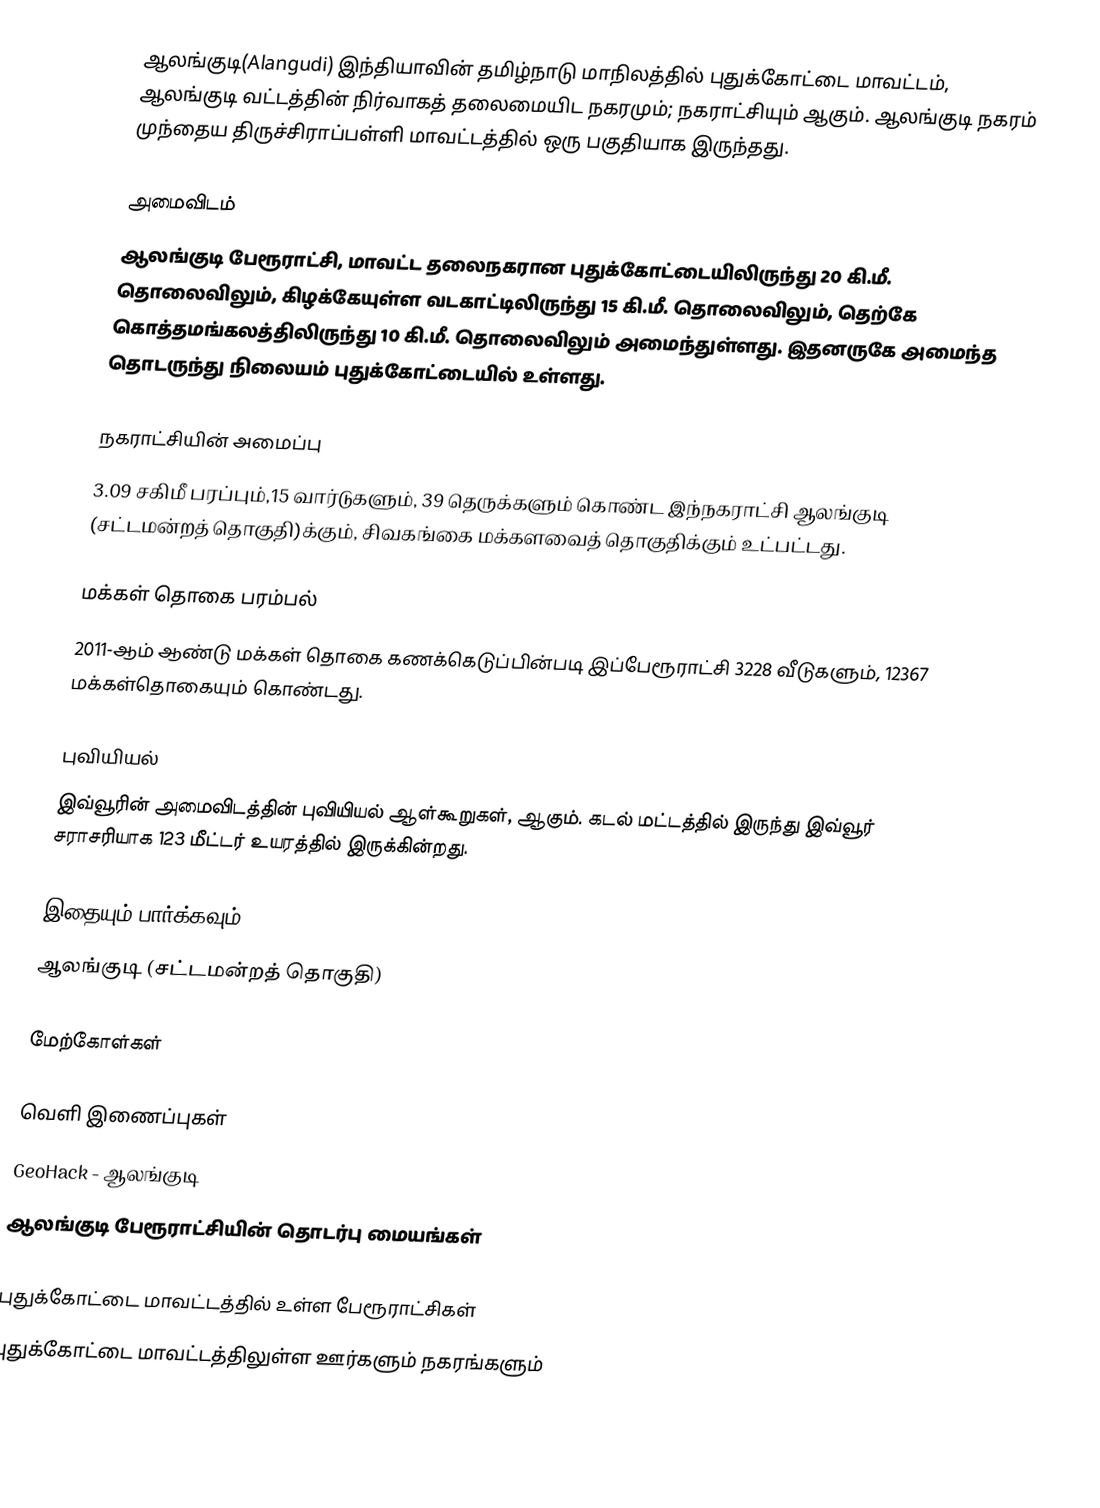
ஆலங்குடி(Alangudi) இந்தியாவின் தமிழ்நாடு மாநிலத்தில் புதுக்கோட்டை மாவட்டம், ஆலங்குடி வட்டத்தின் நிர்வாகத் தலைமையிட நகரமும்; நகராட்சியும் ஆகும். ஆலங்குடி நகரம் முந்தைய திருச்சிராப்பள்ளி மாவட்டத்தில் ஒரு பகுதியாக இருந்தது.

அமைவிடம்
ஆலங்குடி பேரூராட்சி, மாவட்ட தலைநகரான புதுக்கோட்டையிலிருந்து 20 கி.மீ. தொலைவிலும், கிழக்கேயுள்ள வடகாட்டிலிருந்து 15 கி.மீ. தொலைவிலும், தெற்கே கொத்தமங்கலத்திலிருந்து 10 கி.மீ. தொலைவிலும் அமைந்துள்ளது. இதனருகே அமைந்த தொடருந்து நிலையம் புதுக்கோட்டையில் உள்ளது.

நகராட்சியின் அமைப்பு
3.09 சகிமீ பரப்பும்,15 வார்டுகளும், 39   தெருக்களும் கொண்ட இந்நகராட்சி ஆலங்குடி (சட்டமன்றத் தொகுதி)க்கும், சிவகங்கை மக்களவைத் தொகுதிக்கும் உட்பட்டது.

மக்கள் தொகை பரம்பல்
2011-ஆம் ஆண்டு மக்கள் தொகை கணக்கெடுப்பின்படி இப்பேரூராட்சி 3228  வீடுகளும், 12367 மக்கள்தொகையும் கொண்டது.

புவியியல்
இவ்வூரின் அமைவிடத்தின் புவியியல் ஆள்கூறுகள்,  ஆகும். கடல் மட்டத்தில் இருந்து இவ்வூர் சராசரியாக 123 மீட்டர் உயரத்தில் இருக்கின்றது.

இதையும் பார்க்கவும்
 ஆலங்குடி (சட்டமன்றத் தொகுதி)

மேற்கோள்கள்

வெளி இணைப்புகள்
 GeoHack - ஆலங்குடி
 ஆலங்குடி பேரூராட்சியின் தொடர்பு மையங்கள்

புதுக்கோட்டை மாவட்டத்தில் உள்ள பேரூராட்சிகள்
புதுக்கோட்டை மாவட்டத்திலுள்ள ஊர்களும் நகரங்களும்